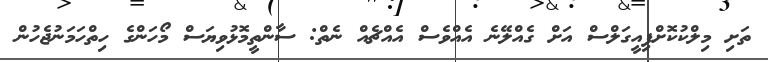
ތަށި މިލްކުކޮށްފިއީގަލްސް އަށް ގެއްލޭނެ އެއްވެސް އެއްޗެއް ނެތް: ސާންތީމޮޅުވިޔަސް މޯހަންގެ ހިތްހަމަނުޖެހުން